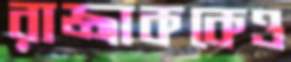
রাজ্জাককেও